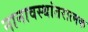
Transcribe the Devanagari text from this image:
नानावस्थांतरात्मक